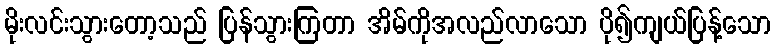
မိုးလင်းသွားတော့သည် ပြန်သွားကြတာ အိမ်ကိုအလည်လာသော ပို၍ကျယ်ပြန့်သော